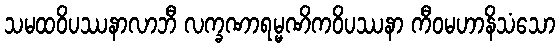
သမထဝိပဿနာလာဘီ လက္ခဏာရမ္မဏိကဝိပဿနာ ကီဝမဟာနိသံသော